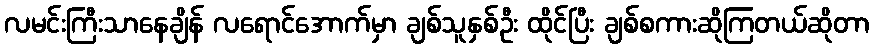
လမင်းကြီးသာနေချိန် လရောင်အောက်မှာ ချစ်သူနှစ်ဦး ထိုင်ပြီး ချစ်စကားဆိုကြတယ်ဆိုတာ